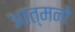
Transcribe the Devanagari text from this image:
आत्मनो